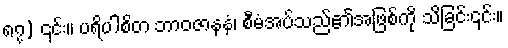
၈၇) ၎င်း။ ပရိပါစိတ ဘာဝဇာနနံ၊ စီမံအပ်သည်၏အဖြစ်ကို သိခြင်း၎င်း။